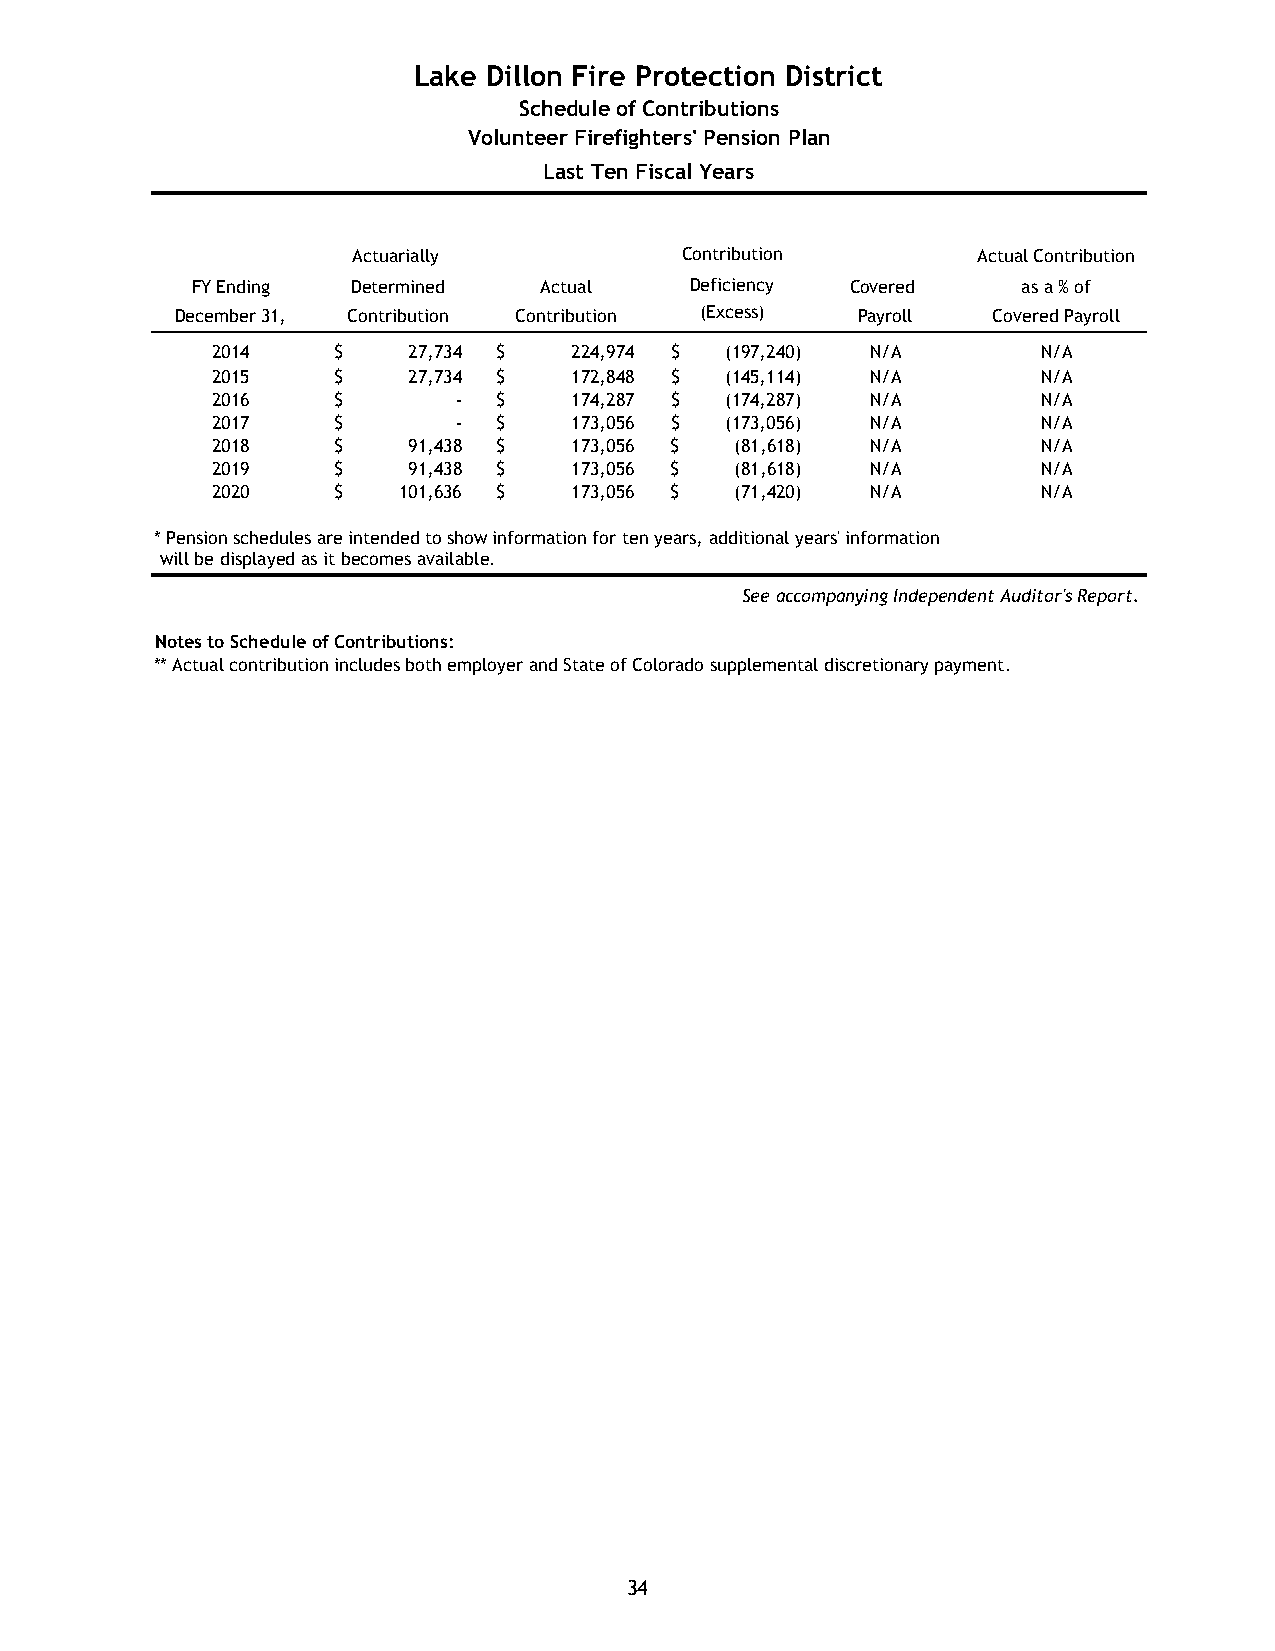
Lake Dillon Fire Protection District
 Schedule of Contributions
 Volunteer Firefighters' Pension Plan
 Last Ten Fiscal Years
 Actuarially           Contribution        Actual Contribution
 FY Ending Determined   Actual    Deficiency Covered    as a % of
 December 31, Contribution Contribution (Excess) Payroll Covered Payroll
 2014    $    27,734 $   2 24,974 $ (197,240) N/A       N/A
 2015    $    27,734 $   1 72,848 $ (145,114) N/A       N/A
 2016    $       -  $    1 74,287 $ (174,287) N/A       N/A
 2017    $       -  $    1 73,056 $ (173,056) N/A       N/A
 2018    $    91,438 $   1 73,056 $ ( 81,618) N/A       N/A
 2019    $    91,438 $   1 73,056 $ ( 81,618) N/A       N/A
 2020    $   101,636 $   1 73,056 $ ( 71,420) N/A       N/A
 *Pension schedules are intended to show information for ten years, additional years' information
 will be displayed as it becomes available.
 See accompanying Independent Auditor's Report.
 Notes to Schedule of Contributions:
 ** Actual contribution includes both employer and State of Colorado supplemental discretionary payment.
 34